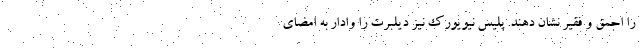
را احمق و فقیر نشان دهند. پلیس نیویورک نیز دیلبرت را وادار به امضای